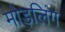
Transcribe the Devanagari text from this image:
मोड़लिंग